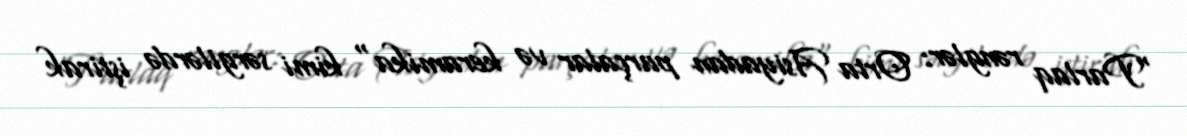
"Parlaq rənglər: Orta Asiyadan parçalar və keramika" kimi sərgilərdə iştirak